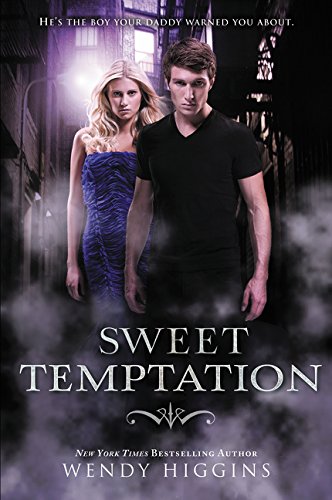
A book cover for Sweet Temptation (Sweet Evil); Wendy Higgins; Teen & Young Adult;